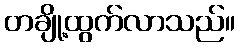
တချို့ထွက်လာသည်။